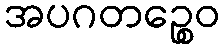
အပဂတဉ္စေဝ